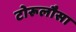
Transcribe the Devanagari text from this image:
टोरूलौसा